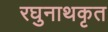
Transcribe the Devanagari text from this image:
रघुनाथकृत